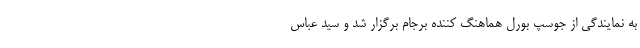
به نمایندگی از جوسپ بورل هماهنگ کننده برجام برگزار شد و سید عباس